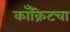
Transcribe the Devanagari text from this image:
काँक्रिटचा